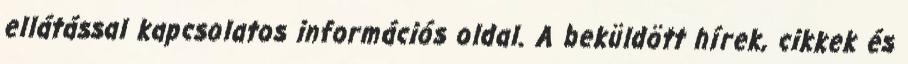
ellátással kapcsolatos információs oldal. A beküldött hírek, cikkek és